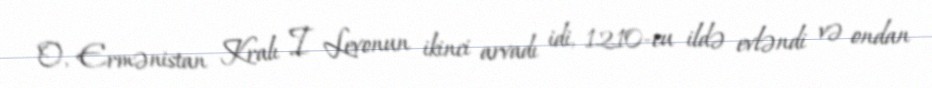
O, Ermənistan Kralı I Levonun ikinci arvadı idi, 1210-cu ildə evləndi və ondan